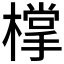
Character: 𣛟